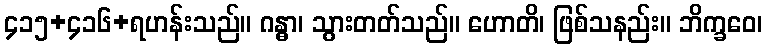
၄၁၅+၄၁၆+ရဟန်းသည်။ ဂန္ဓာ၊ သွားတတ်သည်။ ဟောတိ၊ ဖြစ်သနည်း။ ဘိက္ခဝေ၊